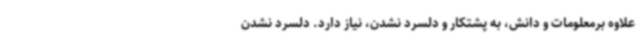
علاوه برمعلومات و دانش، به پشتکار و دلسرد نشدن، نیاز دارد. دلسرد نشدن